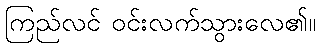
ကြည်လင် ဝင်းလက်သွားလေ၏။